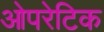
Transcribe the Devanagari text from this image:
ओपरेटिक